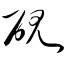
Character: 砚